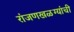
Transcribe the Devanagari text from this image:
रांजणखळग्यांची